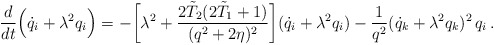
\begin{align*}\frac{d}{dt}\Bigl(\dot q_i+\lambda^2 q_i\Bigr)=-\biggl[\lambda^2+\frac{2\tilde T_2(2\tilde T_1+1)}{(q^2+2\eta)^2}\biggr](\dot q_i+\lambda^2 q_i)-\frac{1}{q^2}(\dot q_k+\lambda^2q_k)^2\,q_i\,.\end{align*}